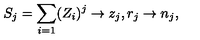
S _ { j } = \sum _ { i = 1 } ( Z _ { i } ) ^ { j } \rightarrow z _ { j } , r _ { j } \rightarrow n _ { j } ,